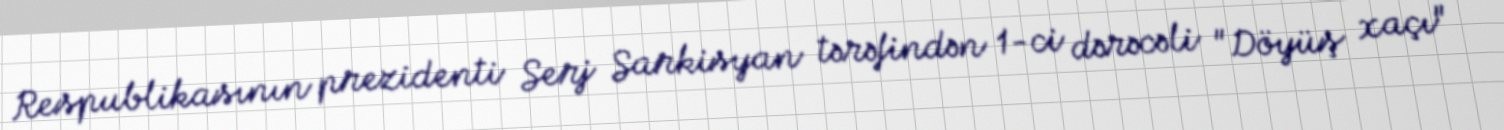
Respublikasının prezidenti Serj Sarkisyan tərəfindən 1-ci dərəcəli "Döyüş xaçı"